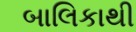
બાલિકાથી